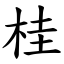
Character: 桂